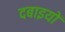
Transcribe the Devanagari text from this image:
दबाइयों